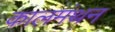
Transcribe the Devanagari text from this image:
कालमंथन